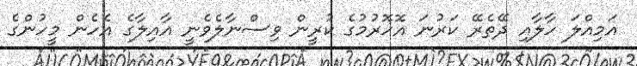
އަމިއްލަ ހާލާއި ދޭތެރޭ ކަރުނަ އޮހޮރުމުގެ ކުރީން ވިސްނާލެވެނީ އާއިލާގެ އެހެން މީހުންގެ